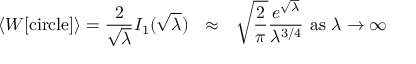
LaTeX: \langle W [ \mathrm { c i r c l e } ] \rangle = \frac { 2 } { \sqrt { \lambda } } I _ { 1 } ( \sqrt { \lambda } ) ~ ~ \approx ~ ~ \sqrt { \frac { 2 } { \pi } } \frac { e ^ { \sqrt { \lambda } } } { \lambda ^ { 3 / 4 } } ~ \mathrm { a s } ~ \lambda \to \infty